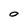
Character: O